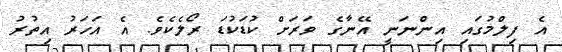
އެ ފިލްމުގައި އިންނަނީ އޭނާގެ ވަރަށް ކުޑަކުޑަ ރޯލެކެވެ. އެ އަހަރު އިތުރު